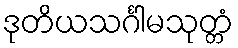
ဒုတိယသင်္ဂါမသုတ္တံ